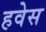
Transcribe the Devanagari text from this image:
हवेस